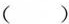
( )